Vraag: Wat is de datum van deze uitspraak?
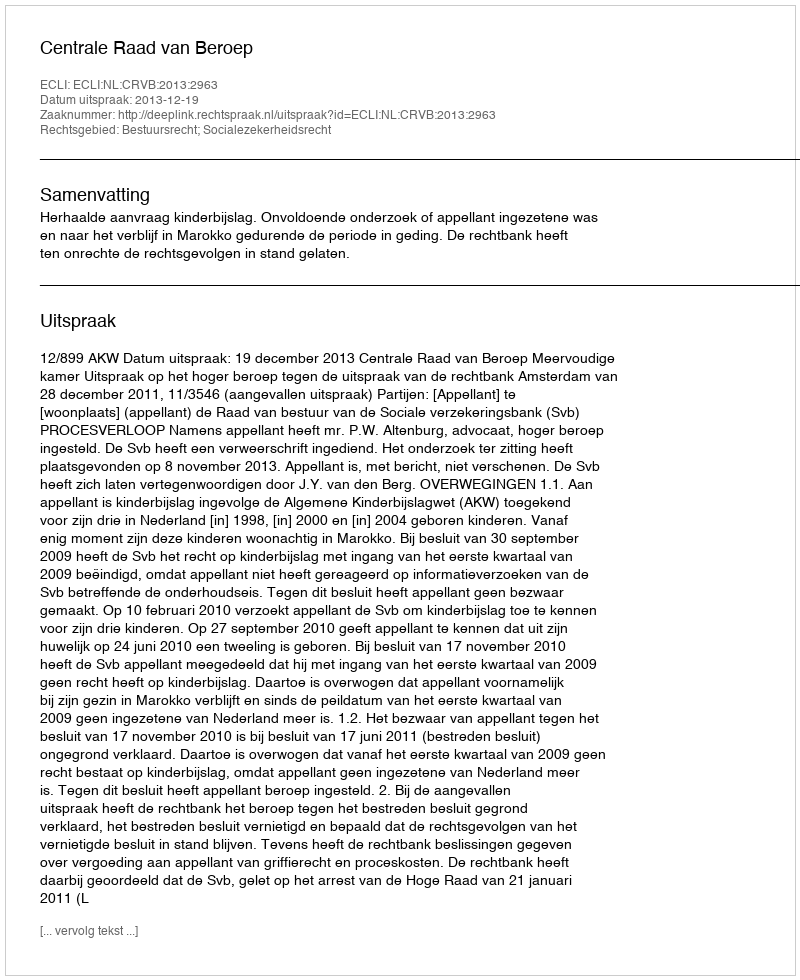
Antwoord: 2013-12-19